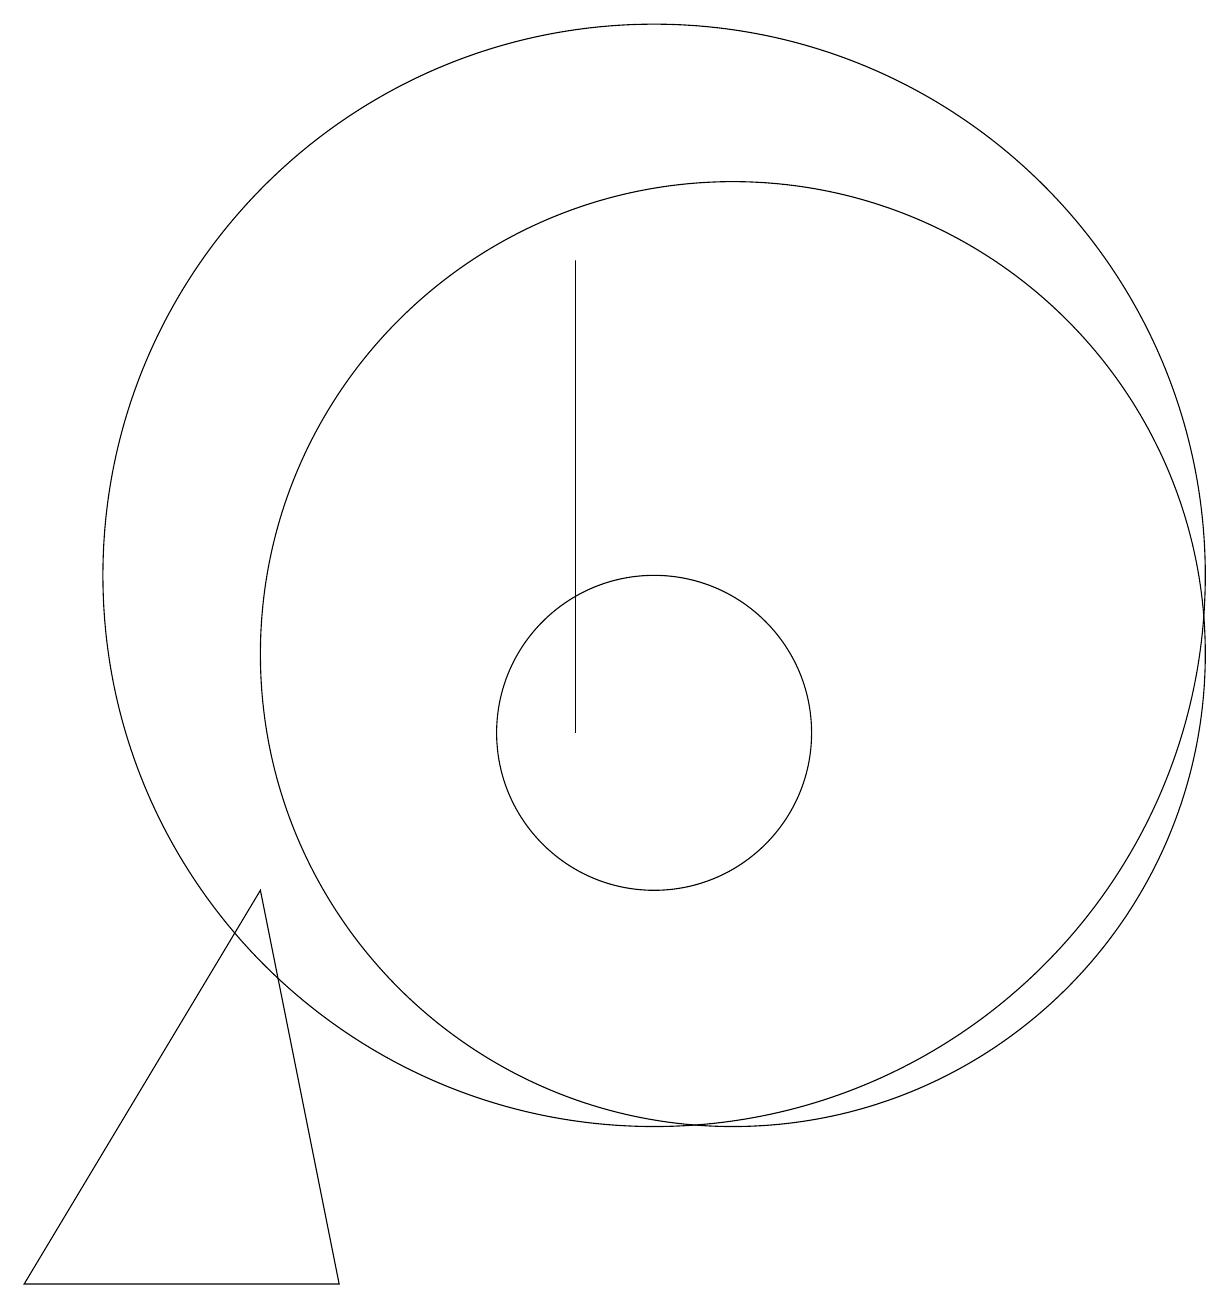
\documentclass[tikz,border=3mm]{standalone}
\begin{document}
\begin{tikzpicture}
\draw (10,12) circle (7);
\draw (10,10) circle (2);
\draw (2,3) -- (6,3) -- (5,8) -- cycle;
\draw (9,10) rectangle (9,16);
\draw (11,11) circle (6);
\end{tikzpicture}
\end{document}